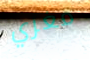
مغري